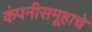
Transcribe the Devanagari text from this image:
कंपनीसमूहाचे